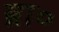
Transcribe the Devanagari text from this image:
ब्रा०